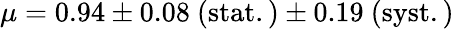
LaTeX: \mu=0.94\pm 0.08~\mathrm{(stat.)}\pm 0.19~\mathrm{(syst.)}